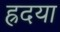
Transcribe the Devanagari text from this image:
ह्रदया